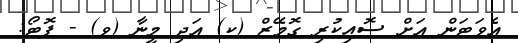
އެވަޓަން އަށް ސޮއިކުރި ގޮމޭޒް (ކ) އަދި މީނާ (ވ) - ފޮޓޯ: